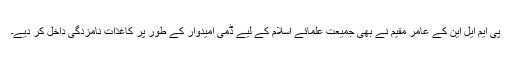
پی ایم ایل این کے عامر مقیم نے بھی جمیعت علمائے اسلام کے لیے ڈمی امیدوار کے طور پر کاغذات نامزدگی داخل کر دیے۔